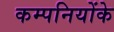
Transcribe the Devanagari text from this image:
कम्पनियोंके